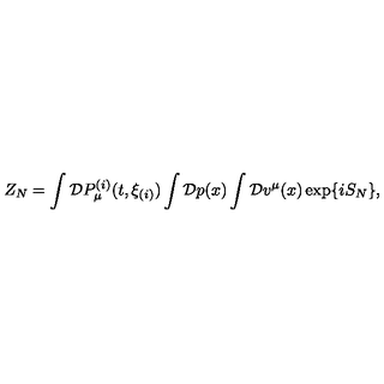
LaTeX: Z _ { N } = \int { \cal D } P _ { \mu } ^ { ( i ) } ( t , \xi _ { ( i ) } ) \int { \cal D } p ( x ) \int { \cal D } v ^ { \mu } ( x ) \exp \{ i S _ { N } \} ,